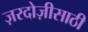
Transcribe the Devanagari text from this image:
ज़रदोज़ीसाठी